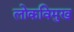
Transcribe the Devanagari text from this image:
लोकविमुख